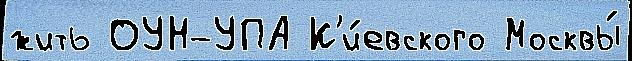
жить ОУН-УПА К'и́евского Москвы́